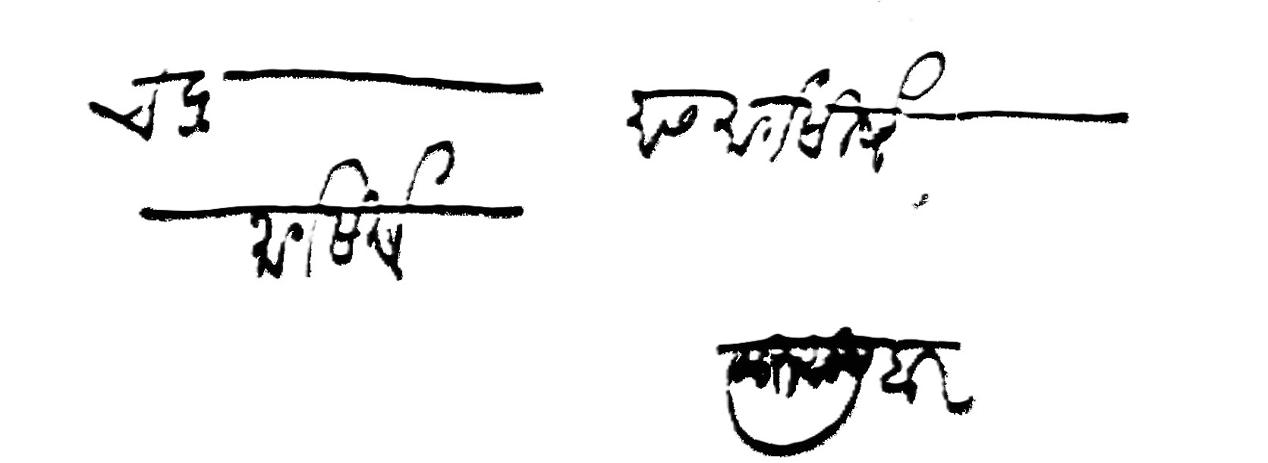
Transliteration (Devanagari): चंद्र   मास मार्गसीर्ष मार्गसीर्ष सुरू सूद बार